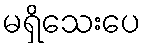
မရှိသေးပေ